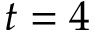
t = 4